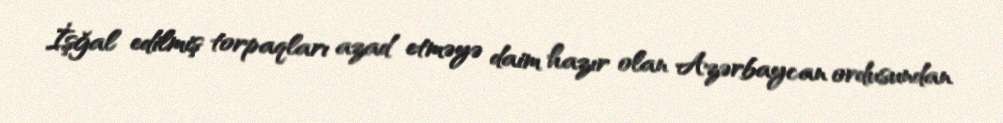
İşğal edilmiş torpaqları azad etməyə daim hazır olan Azərbaycan ordusundan